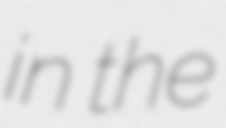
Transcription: in the